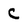
Character: C